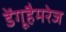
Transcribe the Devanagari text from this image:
डेंगूहैमरेज